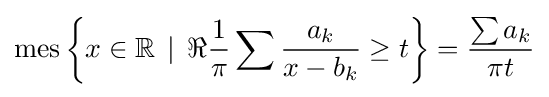
\mathrm {mes} \left\{x\in \mathbb {R} \,\mid \,\Re {\frac {1}{\pi }}\sum {\frac {a_{k}}{x-b_{k}}}\geq t\right\}={\frac {\sum a_{k}}{\pi t}}